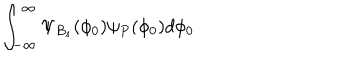
LaTeX: \int _ { - \infty } ^ { \infty } \Psi _ { B _ { s } } ( \phi _ { 0 } ) \psi _ { P } ( \phi _ { 0 } ) d \phi _ { 0 }